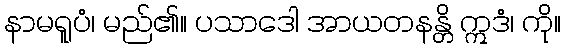
နာမရူပံ၊ မည်၏။ ပသာဒေါ အာယတနန္တိ ဣဒံ၊ ကို။